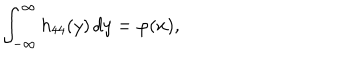
\int _ { - \infty } ^ { \infty } h _ { 4 4 } ( y ) \, d y = \varphi ( x ) ,